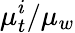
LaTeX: \mu_{t}^{i}/\mu_{w}